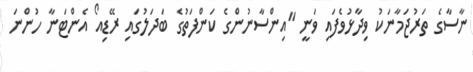
ނާސާގެ ތަރުޖަމާނަކު ވިދާޅުވެފައި ވަނީ "އިންސާނުންގެ ކަންފަތުގެ ބަދަލުގައި ރޭޑިއޯ އެންޓަނާ ހުންނަ